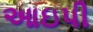
આઇપી